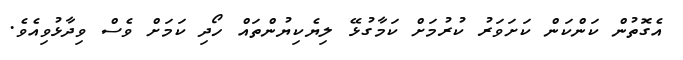
އެގޮތުން ކަންކަން ކަށަވަރު ކުރުމަށް ކަމާގުޅޭ ލިޔެކިޔުންތައް ހޯދި ކަމަށް ވެސް ވިދާޅުވިއެވެ.